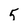
Character: 5